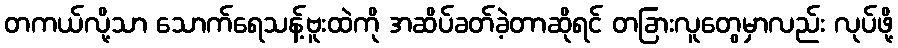
တကယ်လို့သာ သောက်ရေသန့်ဗူးထဲကို အဆိပ်ခတ်ခဲ့တာဆိုရင် တခြားလူတွေမှာလည်း လုပ်ဖို့